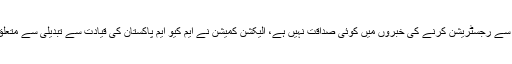
ترجمان الیکشن کمیشن نے ایک بیان میں کہا ہے کہ ایم کیو ایم پاکستان کی خالد مقبول کے نام سے رجسٹریشن کرنے کی خبروں میں کوئی صداقت نہیں ہے، الیکشن کمیشن نے ایم کیو ایم پاکستان کی قیادت سے تبدیلی سے متعلق کوئی درخواست منظور نہیں کی، الیکشن کمیشن میں اس جماعت کی حیثیت پرانے والی ہے۔